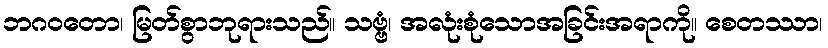
ဘဂဝတော၊ မြတ်စွာဘုရားသည်။ သဗ္ဗံ၊ အလုံးစုံသောအခြင်းအရာကို။ စေတဿာ၊